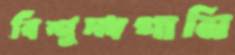
বিশুদ্ধপানি